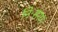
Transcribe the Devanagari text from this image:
निःसरण